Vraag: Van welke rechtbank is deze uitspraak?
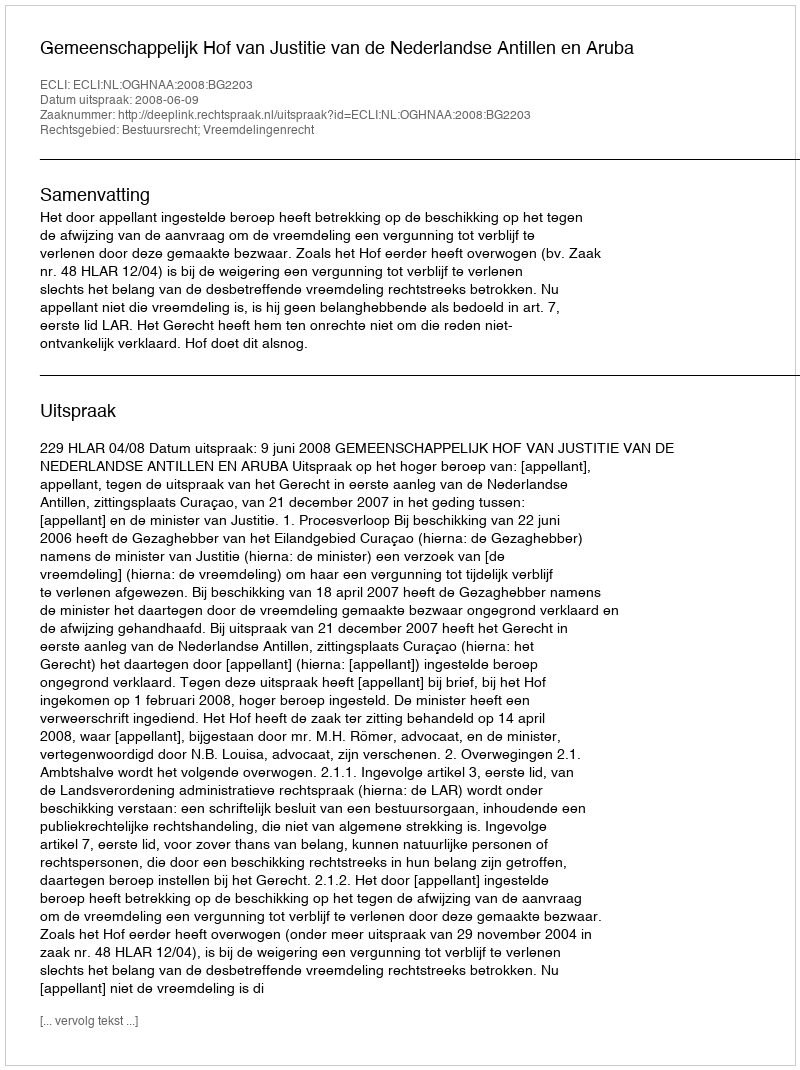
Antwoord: Gemeenschappelijk Hof van Justitie van de Nederlandse Antillen en Aruba